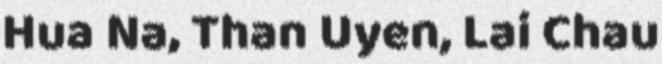
Hua Na, Than Uyen, Lai Chau